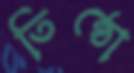
তিষ্ঠো